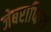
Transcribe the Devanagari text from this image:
जेबराफिश